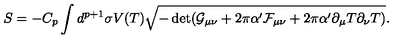
S = - C _ { p } \int d ^ { p + 1 } \sigma V ( T ) \sqrt { - \det ( \mathcal { G } _ { \mu \nu } + 2 \pi \alpha ^ { \prime } \mathcal { F } _ { \mu \nu } + 2 \pi \alpha ^ { \prime } \partial _ { \mu } T \partial _ { \nu } T ) } .